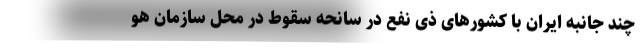
چند جانبه ایران با کشور‌های ذی نفع در سانحه سقوط در محل سازمان هو